65_HS1-834228961_62-HQ-83894_Serial_164
Agency: FBI
Page 8
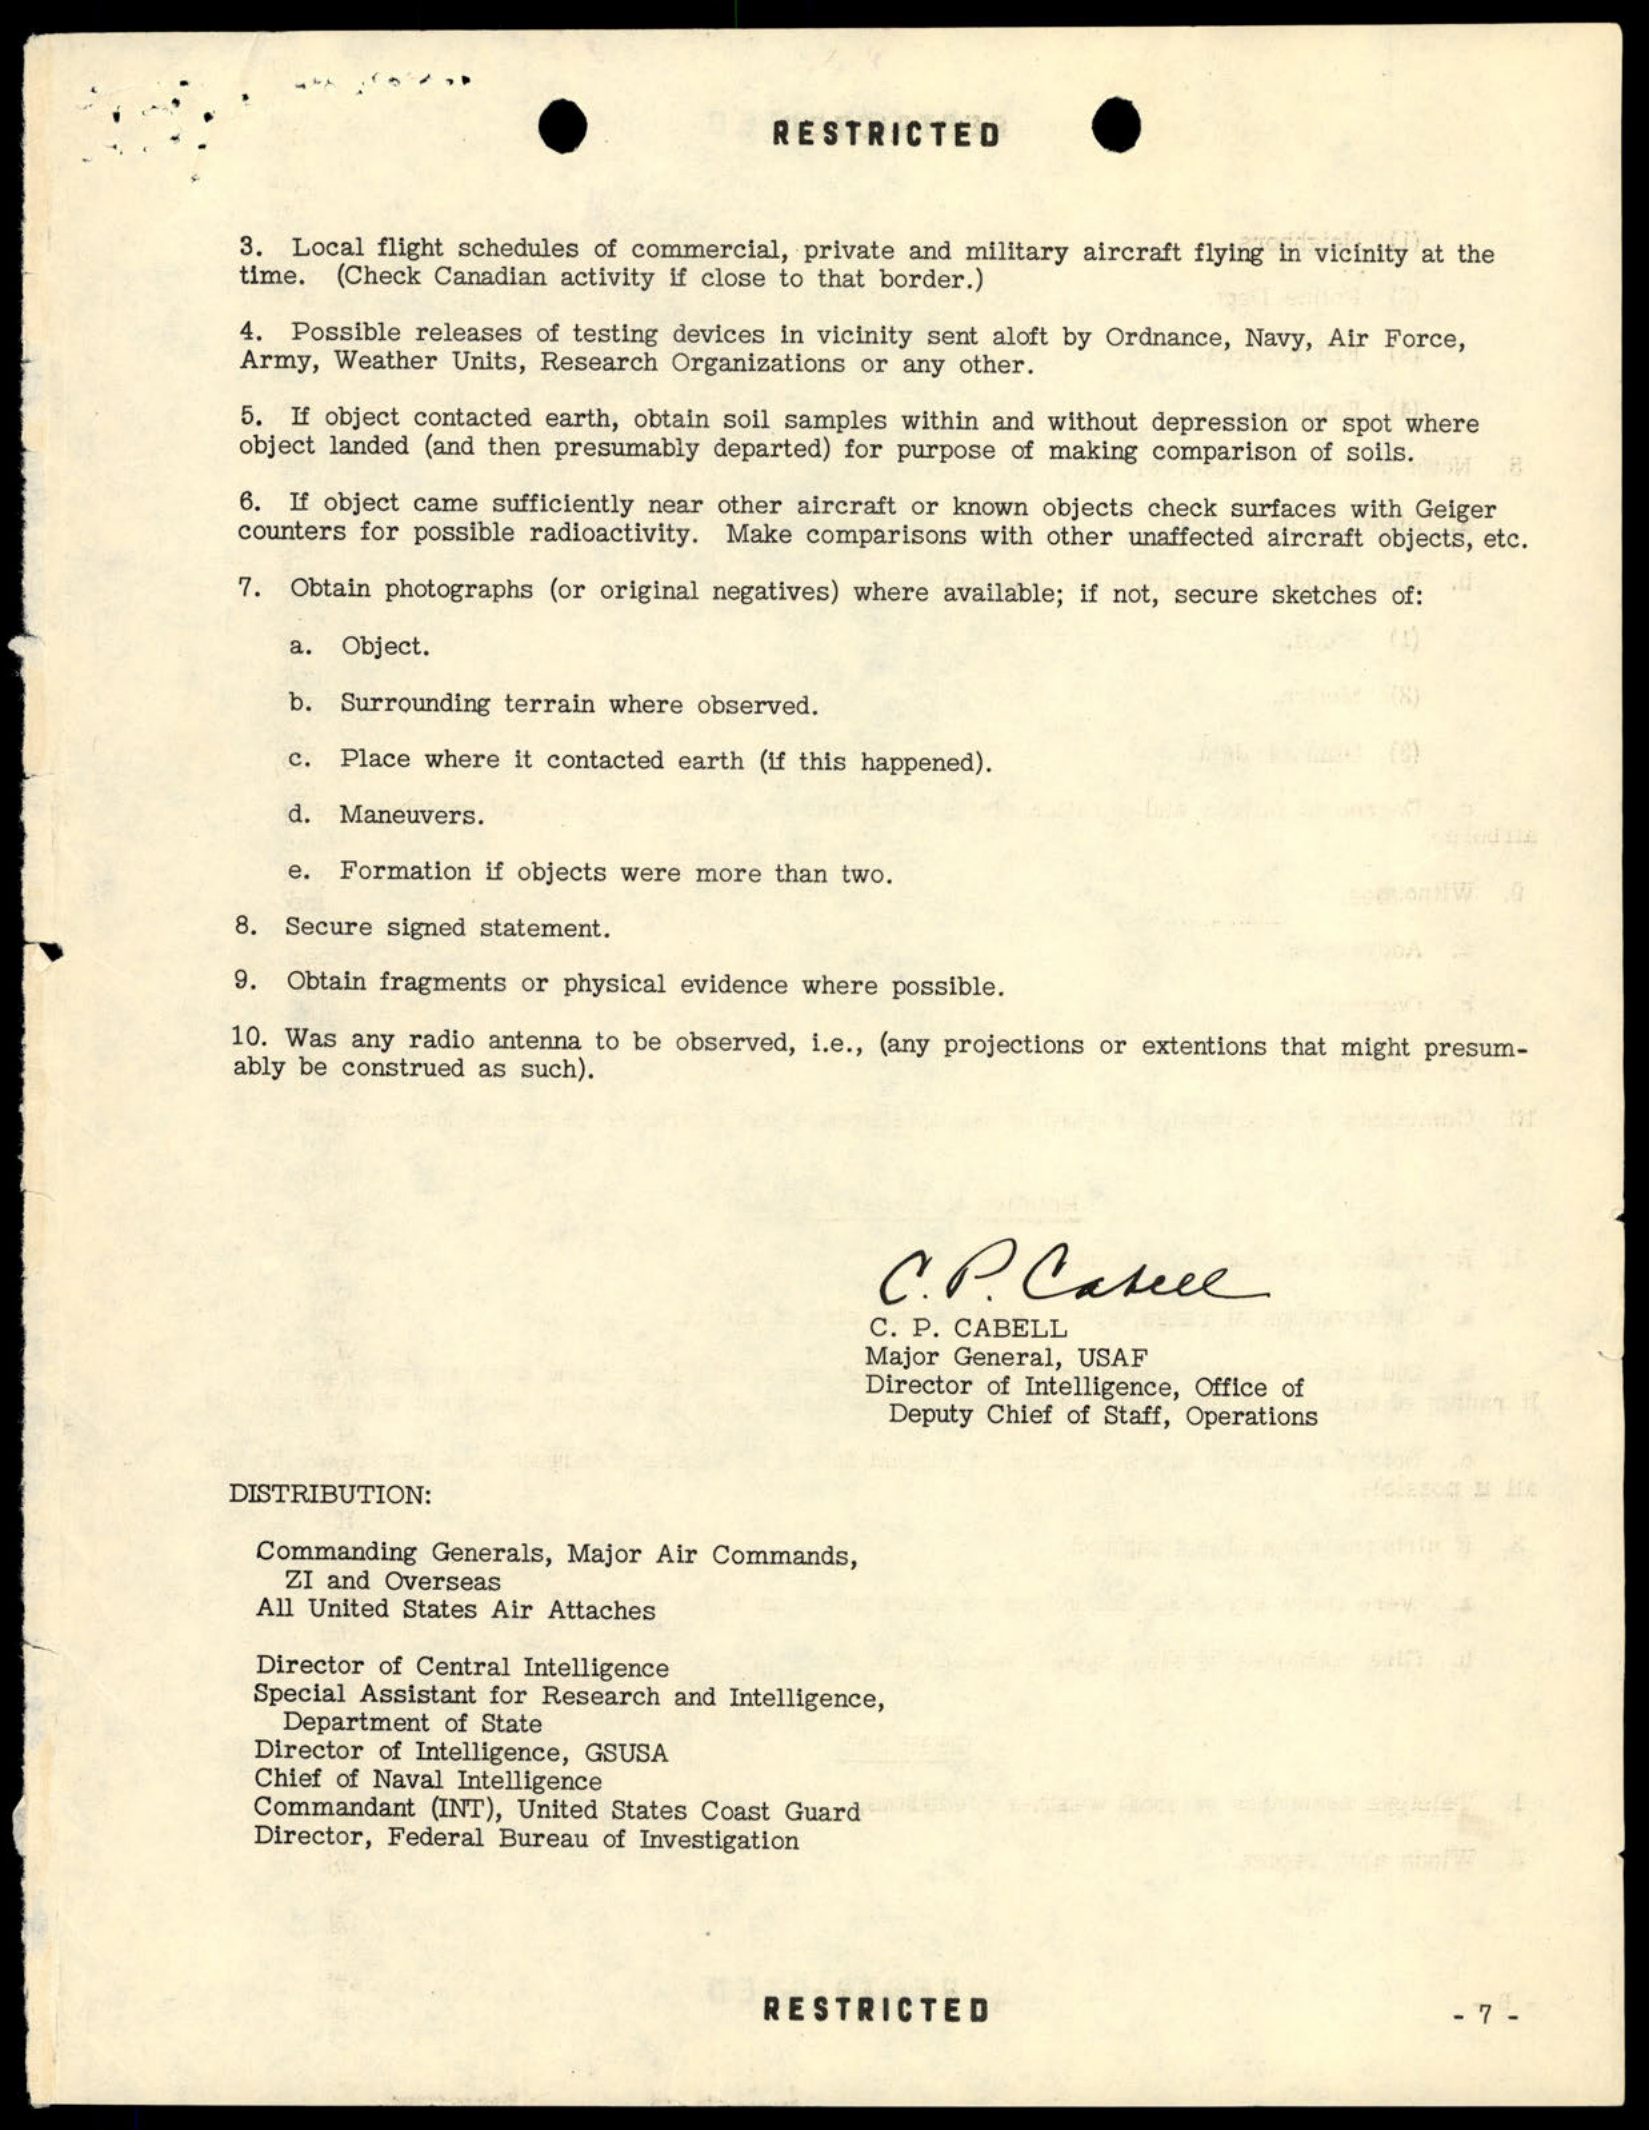